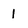
Character: 1